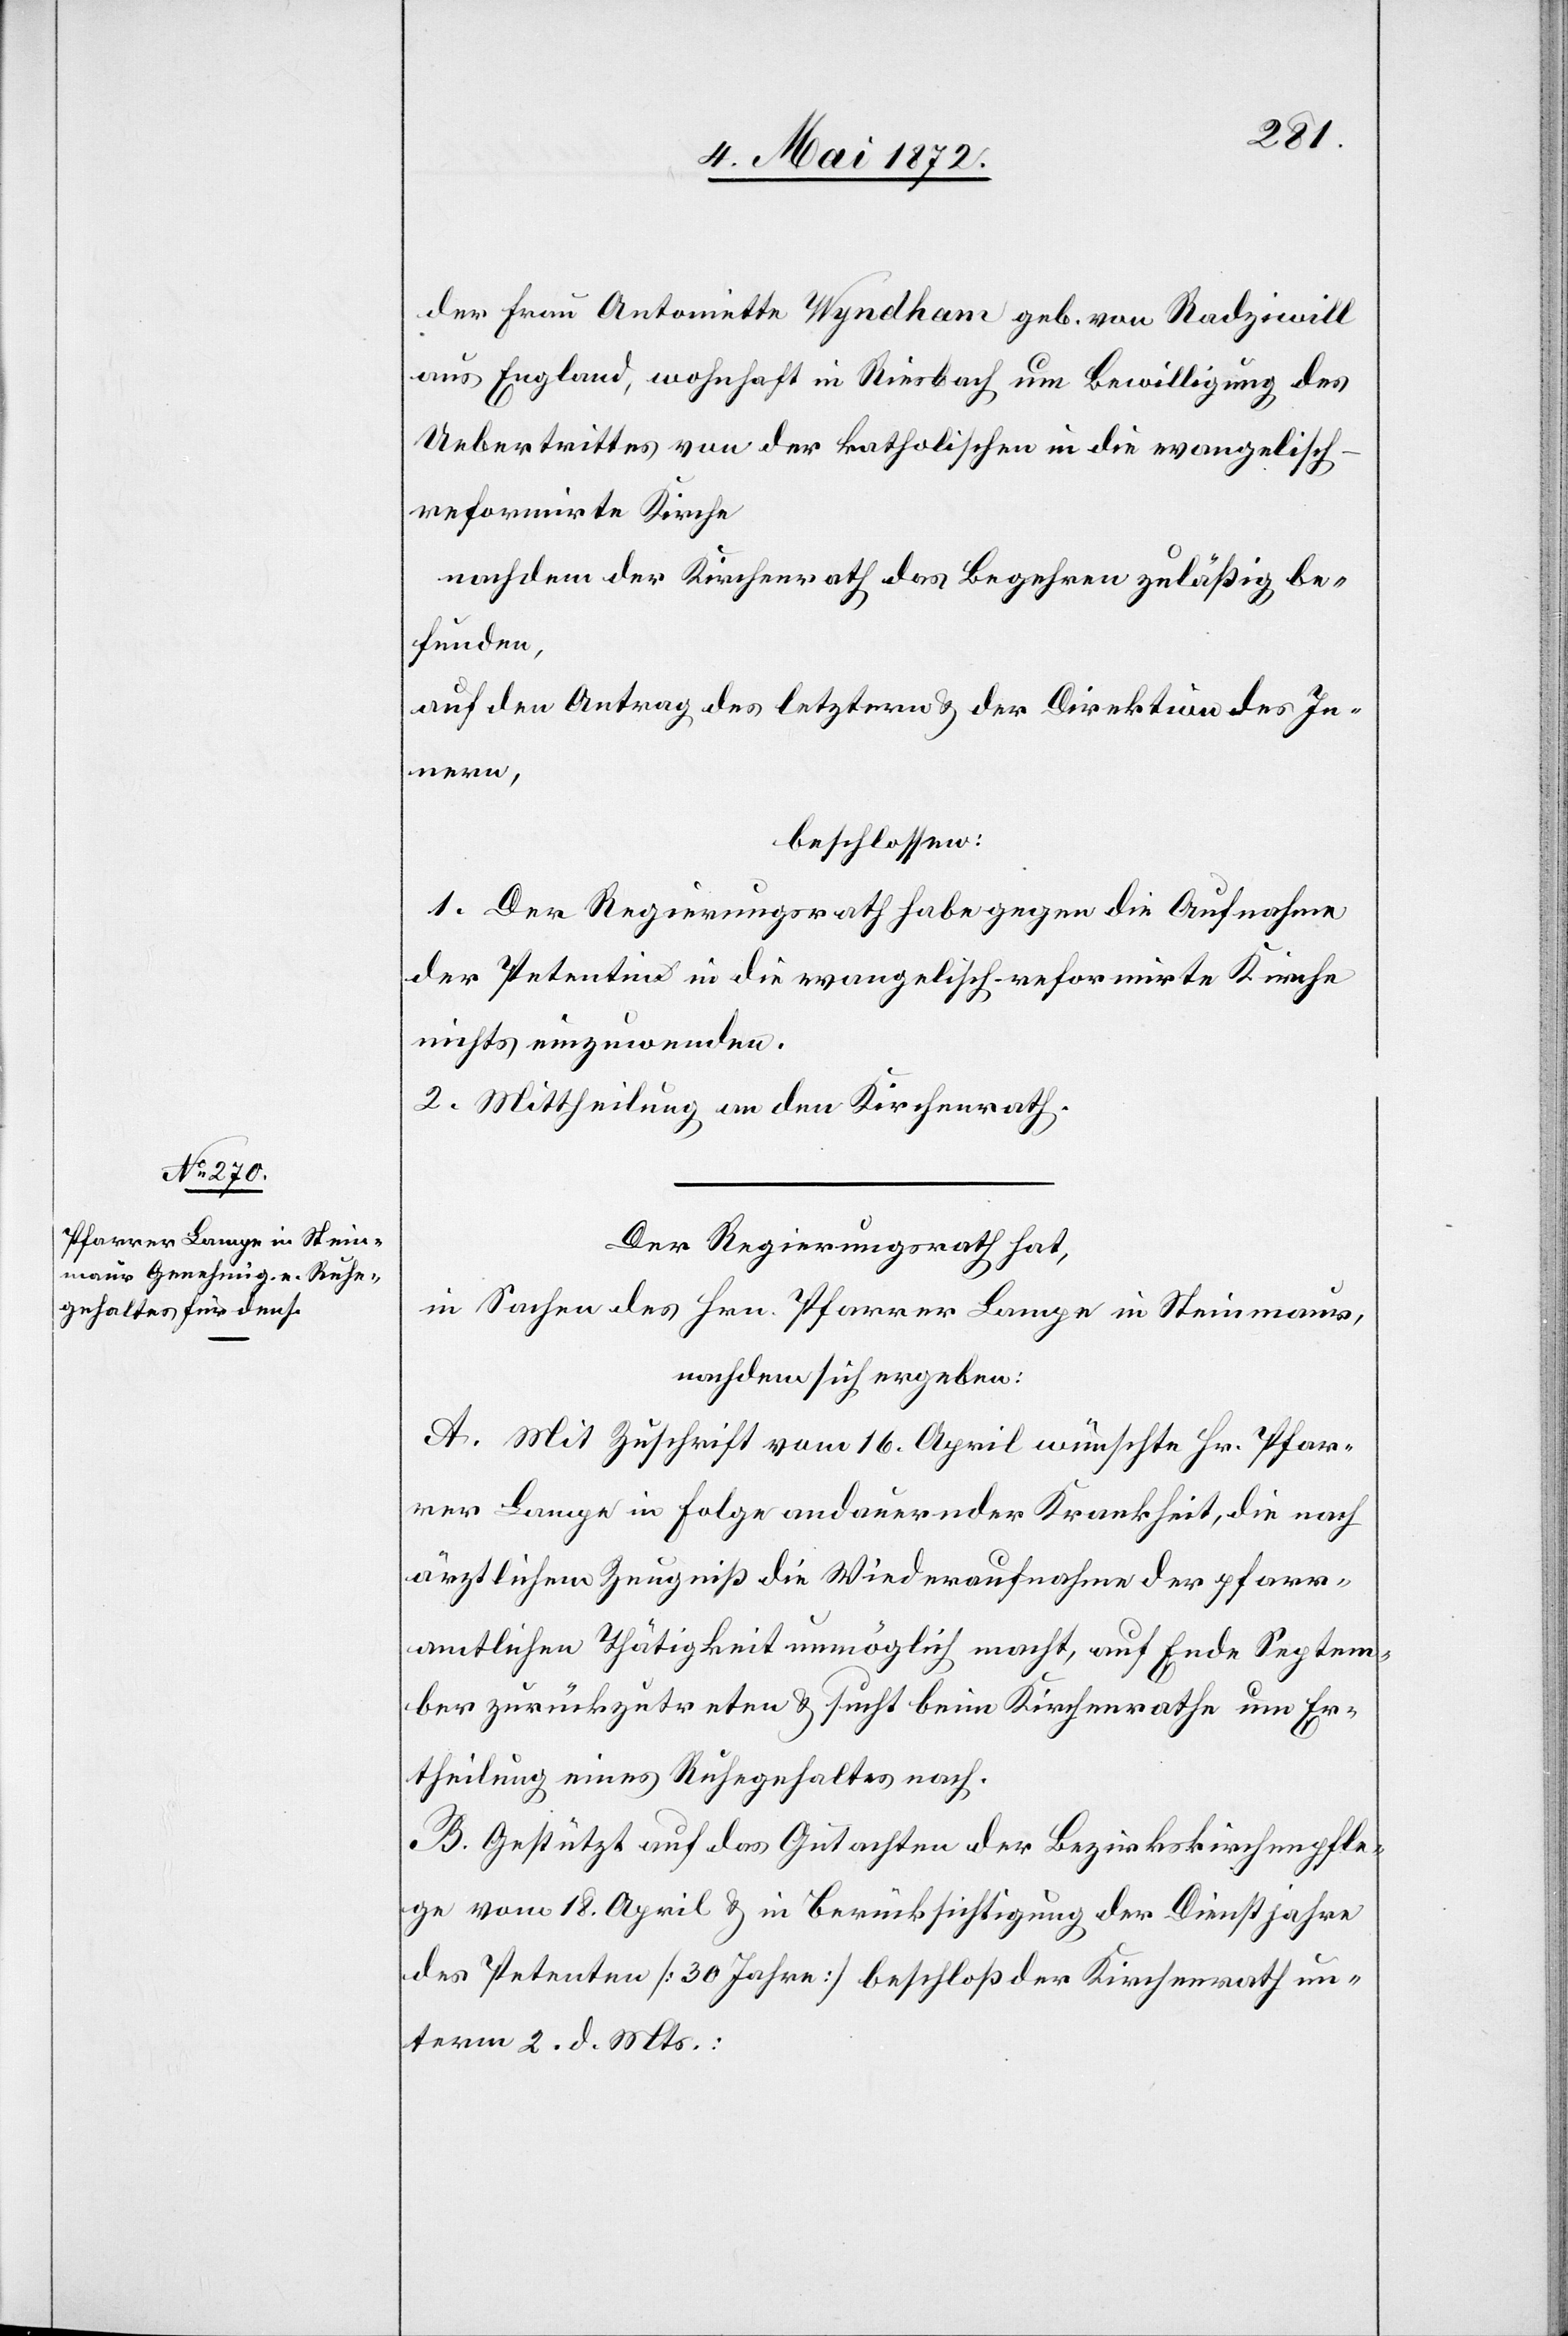
der Frau Antoinette Wyndham geb. von Radziwill
aus England, wohnhaft in Riesbach um Bewilligung des
Uebertrittes von der katholischen in die evangelisch-r¬
eformirte Kirche
nachdem der Kirchenrath das Begehren zuläßig be¬
funden,
auf den Antrag der letztern u. der Direktion des In¬
nern,
beschlossen:
1. Der Regierungsrath habe gegen die Aufnahme
der Petentin in die evangelisch-reformirte Kirche
nichts einzuwenden.
2. Mittheilung an den Kirchenrath.
Der Regierungsrath hat,
in Sachen des Hrn. Pfarrer Lampe in Steinmaur,
nachdem sich ergeben:
A. Mit Zuschrift vom 16. April wünschte Hr. Pfar¬
rer Lampe in Folge andauernder Krankheit, die nach
ärztlichem Zeugniß die Wiederaufnahme der pfarr¬
amtlichen Thätigkeit unmöglich macht, auf Ende Septem¬
ber zurückzutreten u. sucht beim Kirchenrathe um Er¬
theilung eines Ruhegehaltes nach.
B. Gestützt auf das Gutachten der Bezirkskirchenpfle¬
ge vom 18. April u. in Berücksichtigung der Dienstjahre
des Petenten [30 Jahre] beschloß der Kirchenrath un¬
term 2. d. Mts.: